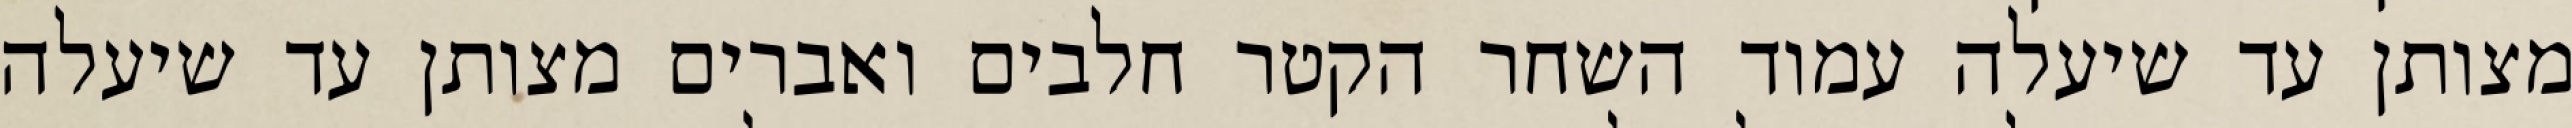
מצותן עד שיעלה עמוד השחר הקטר חלבים ואברים מצותן עד שיעלה